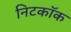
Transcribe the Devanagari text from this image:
निटकॉक